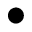
\bullet